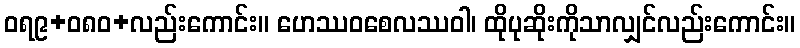
ဝရ၉+၀၈ဝ+လည်းကောင်း။ ဟေဿဝစေလဿဝါ၊ ထိုပုဆိုးကိုသာလျှင်လည်းကောင်း။